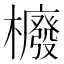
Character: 櫠